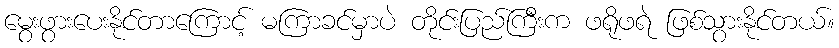
မွေးဖွားပေးနိုင်တာကြောင့် မကြာခင်မှာပဲ တိုင်းပြည်ကြီးက ဖရိုဖရဲ ဖြစ်သွားနိုင်တယ်။